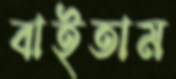
বাইতাম